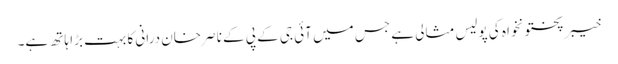
خیبر پختونخواہ کی پولیس مثالی ہے جس میں آئی جی کے پی کے ناصر خان درانی کا بہت بڑا ہاتھ ہے۔